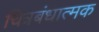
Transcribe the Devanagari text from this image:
चित्रबंधात्मक